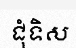
ជុំទិស